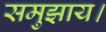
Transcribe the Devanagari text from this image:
समुझाय।